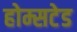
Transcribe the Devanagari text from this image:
होम्सटेड